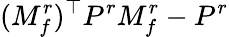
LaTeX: (M_{f}^{r})^{\top}P^{r}M_{f}^{r}-P^{r}